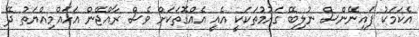
އެކަމަކު ފައިނޭންސް ނުލިބޭ ގައުމުތަކަކީ އެއީ އެއްގޮތަކަށް ވެސް ރާއްޖޭން އަހައްމިއްޔަތު ދޭ